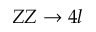
Z Z \to 4 l